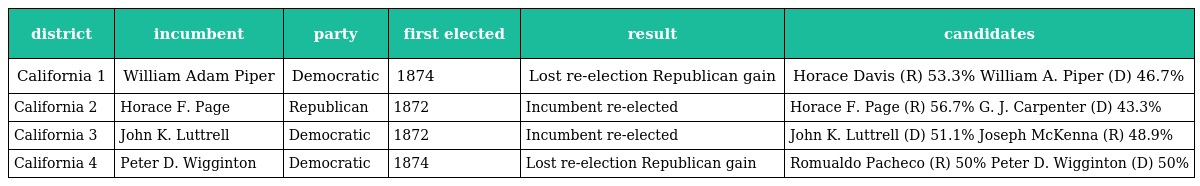
| district | incumbent | party | first elected | result | candidates |
 | --- | --- | --- | --- | --- | --- |
 | California 1 | William Adam Piper | Democratic | 1874 | Lost re-election Republican gain | Horace Davis (R) 53.3% William A. Piper (D) 46.7% |
 | California 2 | Horace F. Page | Republican | 1872 | Incumbent re-elected | Horace F. Page (R) 56.7% G. J. Carpenter (D) 43.3% |
 | California 3 | John K. Luttrell | Democratic | 1872 | Incumbent re-elected | John K. Luttrell (D) 51.1% Joseph McKenna (R) 48.9% |
 | California 4 | Peter D. Wigginton | Democratic | 1874 | Lost re-election Republican gain | Romualdo Pacheco (R) 50% Peter D. Wigginton (D) 50% |